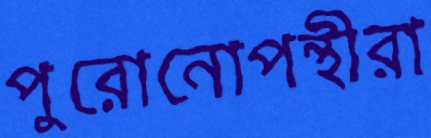
পুরোনোপন্থীরা